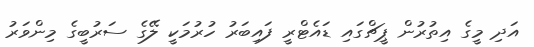
އަދި މީގެ އިތުރުން ޕީޗްގައި ޑައެޓްރީ ފައިބަރު ހުރުމަކީ ލޭގެ ސަރުބީގެ މިންވަރު